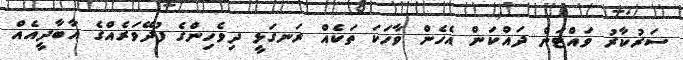
ސަރުކާރު ވައްޓަން ދައްކަން އެހެން ވާހަަކަ ތަކެއް ރަނގަޅީ ދިވެހިންގެ ފުދޭވަރެއްގެ އާބާދީއެއް